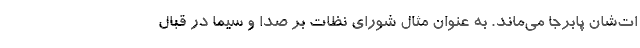
ات‌شان پابرجا می‌ماند. به عنوان مثال شورای نظات بر صدا و سیما در قبال